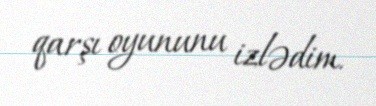
qarşı oyununu izlədim.